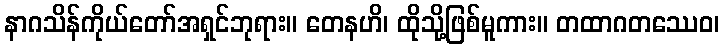
နာဂသိန်ကိုယ်တော်အရှင်ဘုရား။ တေနဟိ၊ ထိုသို့ဖြစ်မူကား။ တထာဂတဿေဝ၊